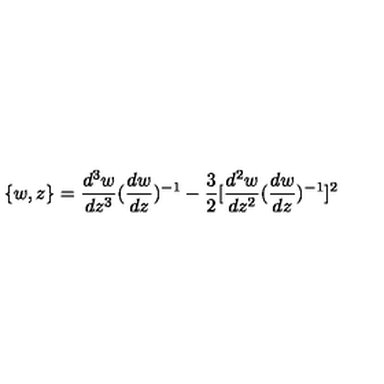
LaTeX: \{ w , z \} = \frac { d ^ { 3 } w } { d z ^ { 3 } } ( \frac { d w } { d z } ) ^ { - 1 } - \frac { 3 } { 2 } [ \frac { d ^ { 2 } w } { d z ^ { 2 } } ( \frac { d w } { d z } ) ^ { - 1 } ] ^ { 2 }